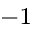
^ { − 1 }